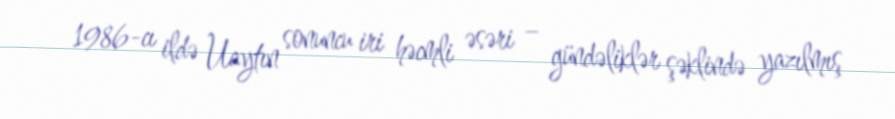
1986-cı ildə Uaytın sonuncu iri həcmli əsəri – gündəliklər şəklində yazılmış